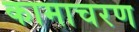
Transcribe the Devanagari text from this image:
कामाचरण